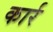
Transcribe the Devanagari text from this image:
कार्र